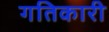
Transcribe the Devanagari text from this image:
गतिकारी